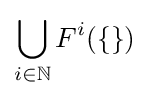
\bigcup _{i\in \mathbb {N} }F^{i}(\{\})